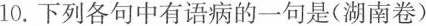
10.下列各句中有语病的一句是(湖南卷)